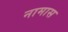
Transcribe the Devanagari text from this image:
नामास